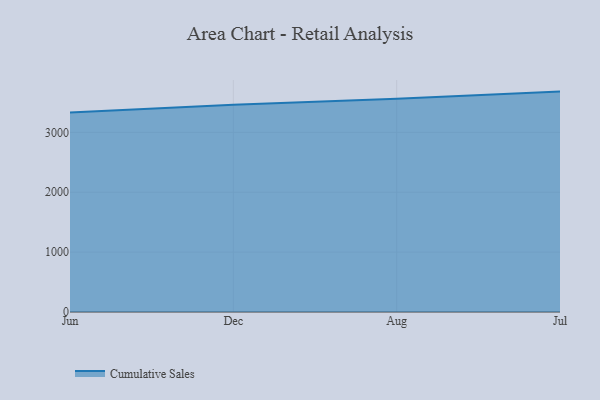
{"axis": {"x": "Month", "y": "Demand Index"}, "legend": ["Cumulative Sales"], "data": [{"x": "Jun", "y": 3329.4, "type": "Cumulative Sales"}, {"x": "Dec", "y": 3461.6, "type": "Cumulative Sales"}, {"x": "Aug", "y": 3562.3, "type": "Cumulative Sales"}, {"x": "Jul", "y": 3680.4, "type": "Cumulative Sales"}]}